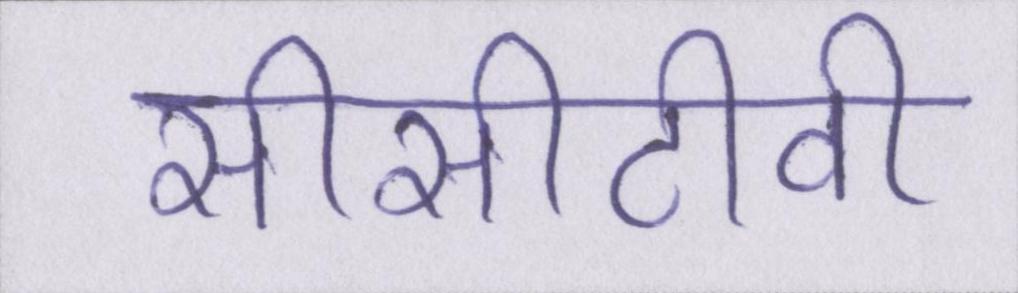
सीसीटीवी